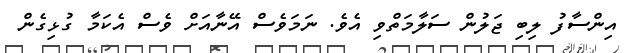
އިންސާފު ލިބި ޖަލުން ސަލާމަތްވި އެވެ. ނަމަވެސް އޭނާއަށް ވެސް އެކަމާ ގުޅިގެން